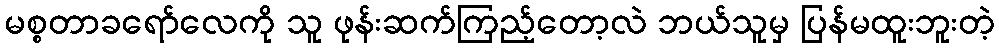
မစ္စတာခရော်လေကို သူ ဖုန်းဆက်ကြည့်တော့လဲ ဘယ်သူမှ ပြန်မထူးဘူးတဲ့